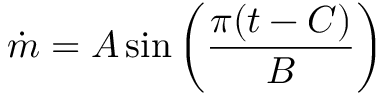
\dot { m } = A \sin { \left( \frac { \pi ( t - C ) } { B } \right) }